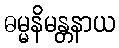
ဓမ္မနိမန္တနာယ